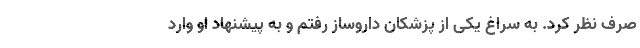
صرف نظر کرد. به سراغ یکی از پزشکان داروساز رفتم و به پیشنهاد او وارد